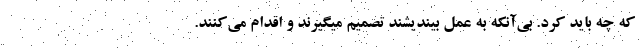
که چه باید کرد. بی‌آنکه به عمل بیندیشند تصمیم میگیرند و اقدام می‌کنند.